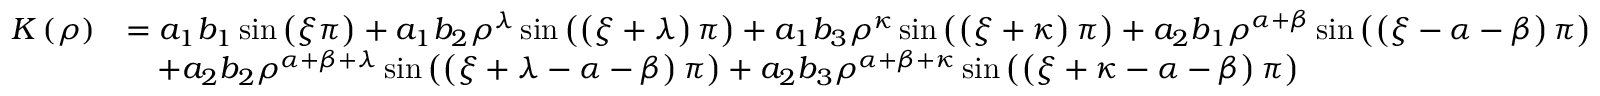
\begin{array} { r l } { K \left( \rho \right) } & { = a _ { 1 } b _ { 1 } \sin \left( \xi \pi \right) + a _ { 1 } b _ { 2 } \rho ^ { \lambda } \sin \left( \left( \xi + \lambda \right) \pi \right) + a _ { 1 } b _ { 3 } \rho ^ { \kappa } \sin \left( \left( \xi + \kappa \right) \pi \right) + a _ { 2 } b _ { 1 } \rho ^ { \alpha + \beta } \sin \left( \left( \xi - \alpha - \beta \right) \pi \right) } \\ & { \quad + a _ { 2 } b _ { 2 } \rho ^ { \alpha + \beta + \lambda } \sin \left( \left( \xi + \lambda - \alpha - \beta \right) \pi \right) + a _ { 2 } b _ { 3 } \rho ^ { \alpha + \beta + \kappa } \sin \left( \left( \xi + \kappa - \alpha - \beta \right) \pi \right) } \end{array}